Indian journal of veterinary science and animal husbandry - Volumes 18-21, 1948-1951
Year: 1948
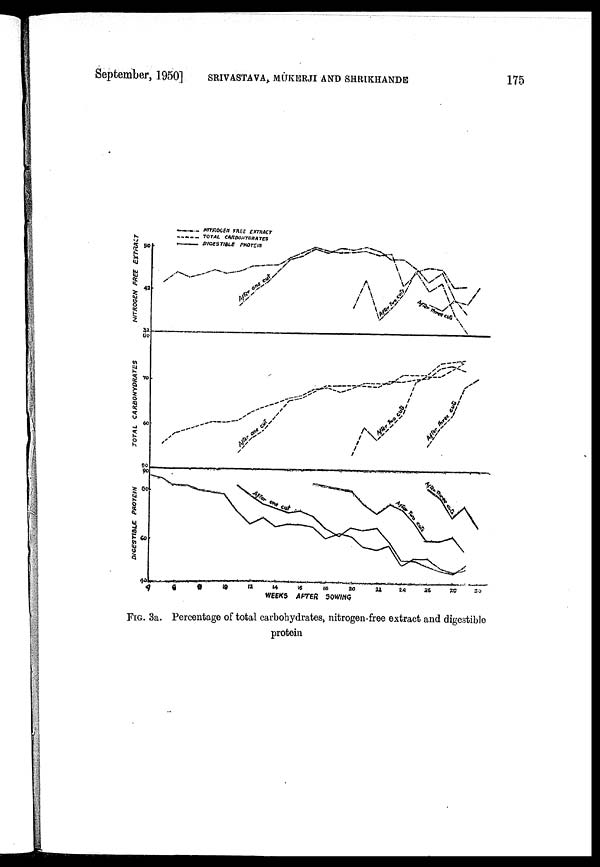
September, 1950] SRIVASTAVA, MUKERJI AND SHRIKHANDE 175
FIG. 3a. Percentage of total carbohydrates, nitrogen-free extract and digestible
protein